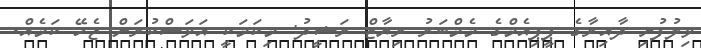
ވިލުފުށި ދާއިރާގެ ޕީޕިއެމްގެ މެމްބަރު ރިޔާޒް ރަޝީދު: މިކަމަކީ އަވަސްކުރަން ޖެހޭ ކަމެއް.